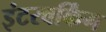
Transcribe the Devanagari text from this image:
इंटरवर्किंग